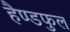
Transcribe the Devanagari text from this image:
हैण्डफुल